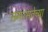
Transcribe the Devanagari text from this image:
समरसतेच्या